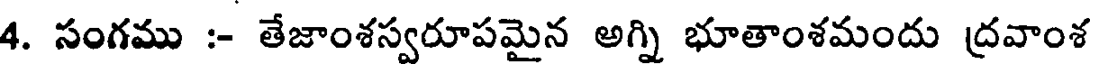
4. సంగము :- తేజాంశస్వరూపమైన అగ్ని భూతాంశమందు ద్రవాంశ